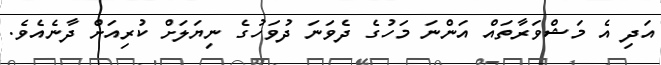
އަދި އެ މަޝްވަރާތައް އަންނަ މަހުގެ ދެވަނަ ދުވަހުގެ ނިޔަލަށް ކުރިއަށް ދާނެއެވެ.